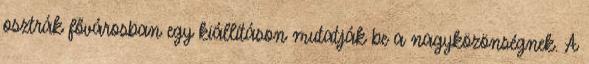
osztrák fővárosban egy kiállításon mutatják be a nagyközönségnek. A